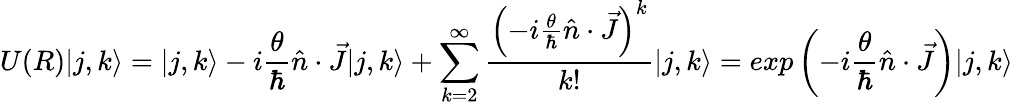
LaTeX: U(R)|j,k\rangle=|j,k\rangle-i{\frac{\theta}{\hbar}}{\hat{n}}\cdot{\vec{J}}|j,k\rangle+\sum_{k=2}^{\infty}{\frac{\left(-i{\frac{\theta}{\hbar}}{\hat{n}}\cdot{\vec{J}}\right)^{k}}{k!}}|j,k\rangle=exp\left({-i{\frac{\theta}{\hbar}}{\hat{n}}\cdot{\vec{J}}}\right)|j,k\rangle